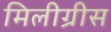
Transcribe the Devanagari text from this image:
मिलीग्रीस